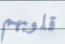
قلوبهم